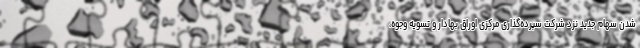
شدن سهام جدید نزد شرکت سپرده‌گذاری مرکزی اوراق بهادار و تسویه وجوه،